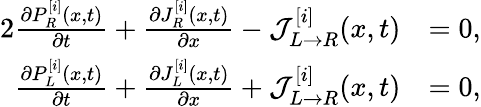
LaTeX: \begin{array}{rl}{{2}\frac{\partial P_{R}^{[i]}(x,t)}{\partial t}+\frac{\partial J_{R}^{[i]}(x,t)}{\partial x}-\mathcal{J}_{L\rightarrow R}^{[i]}(x,t)}&{=0,}\\ {\frac{\partial P_{L}^{[i]}(x,t)}{\partial t}+\frac{\partial J_{L}^{[i]}(x,t)}{\partial x}+\mathcal{J}_{L\rightarrow R}^{[i]}(x,t)}&{=0,}\end{array}